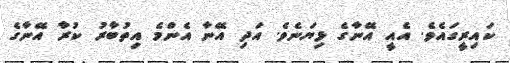
ކައިރީގައެވެ. އެއީ އޭނާގެ ޅިޔަނެވެ. އަދި އޭނާ އެންމެ އިތުބާރު ކުރާ އޭނާގެ